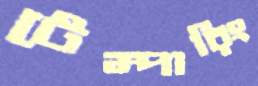
টেম্পারিং